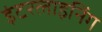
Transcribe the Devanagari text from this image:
इंटरलाइनिंग